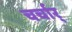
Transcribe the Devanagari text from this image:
चर्चार्